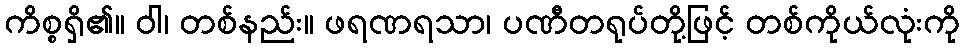
ကိစ္စရှိ၏။ ဝါ၊ တစ်နည်း။ ဖရဏရသာ၊ ပဏီတရုပ်တို့ဖြင့် တစ်ကိုယ်လုံးကို